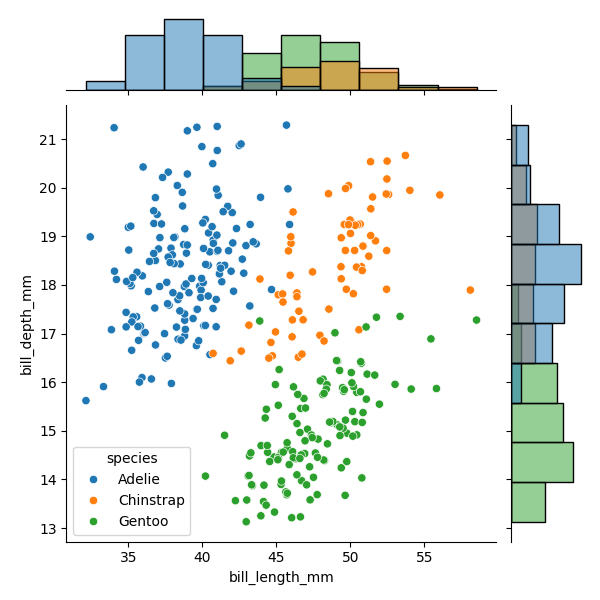
python, seaborn, JointGrid, scatterplot, histplot, hue